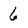
Character: 6